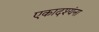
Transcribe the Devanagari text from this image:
एकादश्यंना